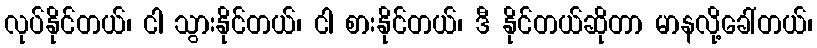
လုပ်နိုင်တယ်၊ ငါ သွားနိုင်တယ်၊ ငါ စားနိုင်တယ်၊ ဒီ နိုင်တယ်ဆိုတာ မာနလို့ခေါ်တယ်၊